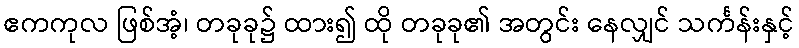
ဧကကုလ ဖြစ်အံ့၊ တခုခု၌ ထား၍ ထို တခုခု၏ အတွင်း နေလျှင် သင်္ကန်းနှင့်